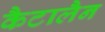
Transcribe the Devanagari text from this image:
कैटालैन